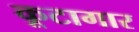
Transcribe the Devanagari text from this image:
कूटागार